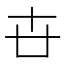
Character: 卋